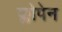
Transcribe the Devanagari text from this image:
क्लोपेन